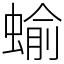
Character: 蝓